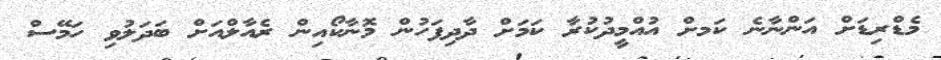
މެޑްރިޑަށް އަންނާނެ ކަަމށް އުއްމީދުކުރާ ކަމަށް ދާދިފަހުން މޮނާކޯއިން ރެއާލްއަށް ބަދަލުވި ހަމޭސް